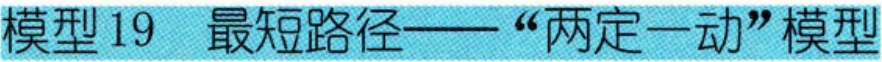
模型19  最短路径——“两定一动”模型